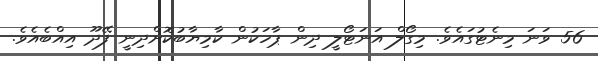
56 ވަނަ މިނެޓުގައެވެ. މިގޯލް އަނަޓޯލީ ދިން ޕާހަކުން ކާމިޔާބުކޮށްދިނީ ފޭދޫ އިއްބެއެވެ.